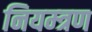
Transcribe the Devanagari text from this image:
नियम्त्रण